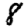
Digit: 8